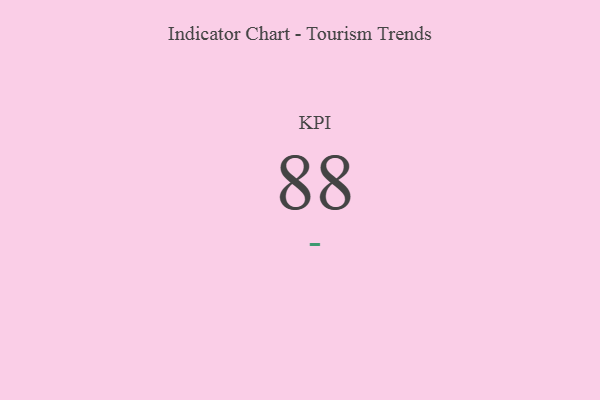
{"axis": {"x": "KPI", "y": "Value"}, "legend": [""], "data": [{"x": "KPI", "y": 88, "type": ""}]}